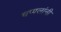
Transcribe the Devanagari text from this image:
चप्पलांनी